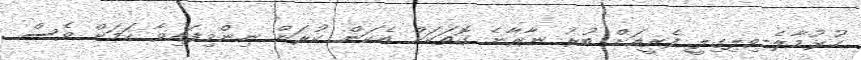
ހުޅުމާލެ-ވިލިގިލީ ފެރީއަށް ބުރު ނާރާނެ ގޮތަކަށް އެކަން ކުރަން ނިންމިފައިވާ ކަމަށް ވެސް